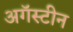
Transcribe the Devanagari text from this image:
अगॅस्टीन